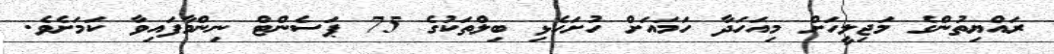
ރައްޔިތުންގެ މަޖިލީހަށް މިއަހަދާ ހަމައަށް ހުށަހެޅި ބިލްތަކުގެ 75 ޕަސެންޓް ނިންމާފައިވާ ކަމަށެވެ.